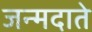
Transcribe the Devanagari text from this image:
जन्मदाते